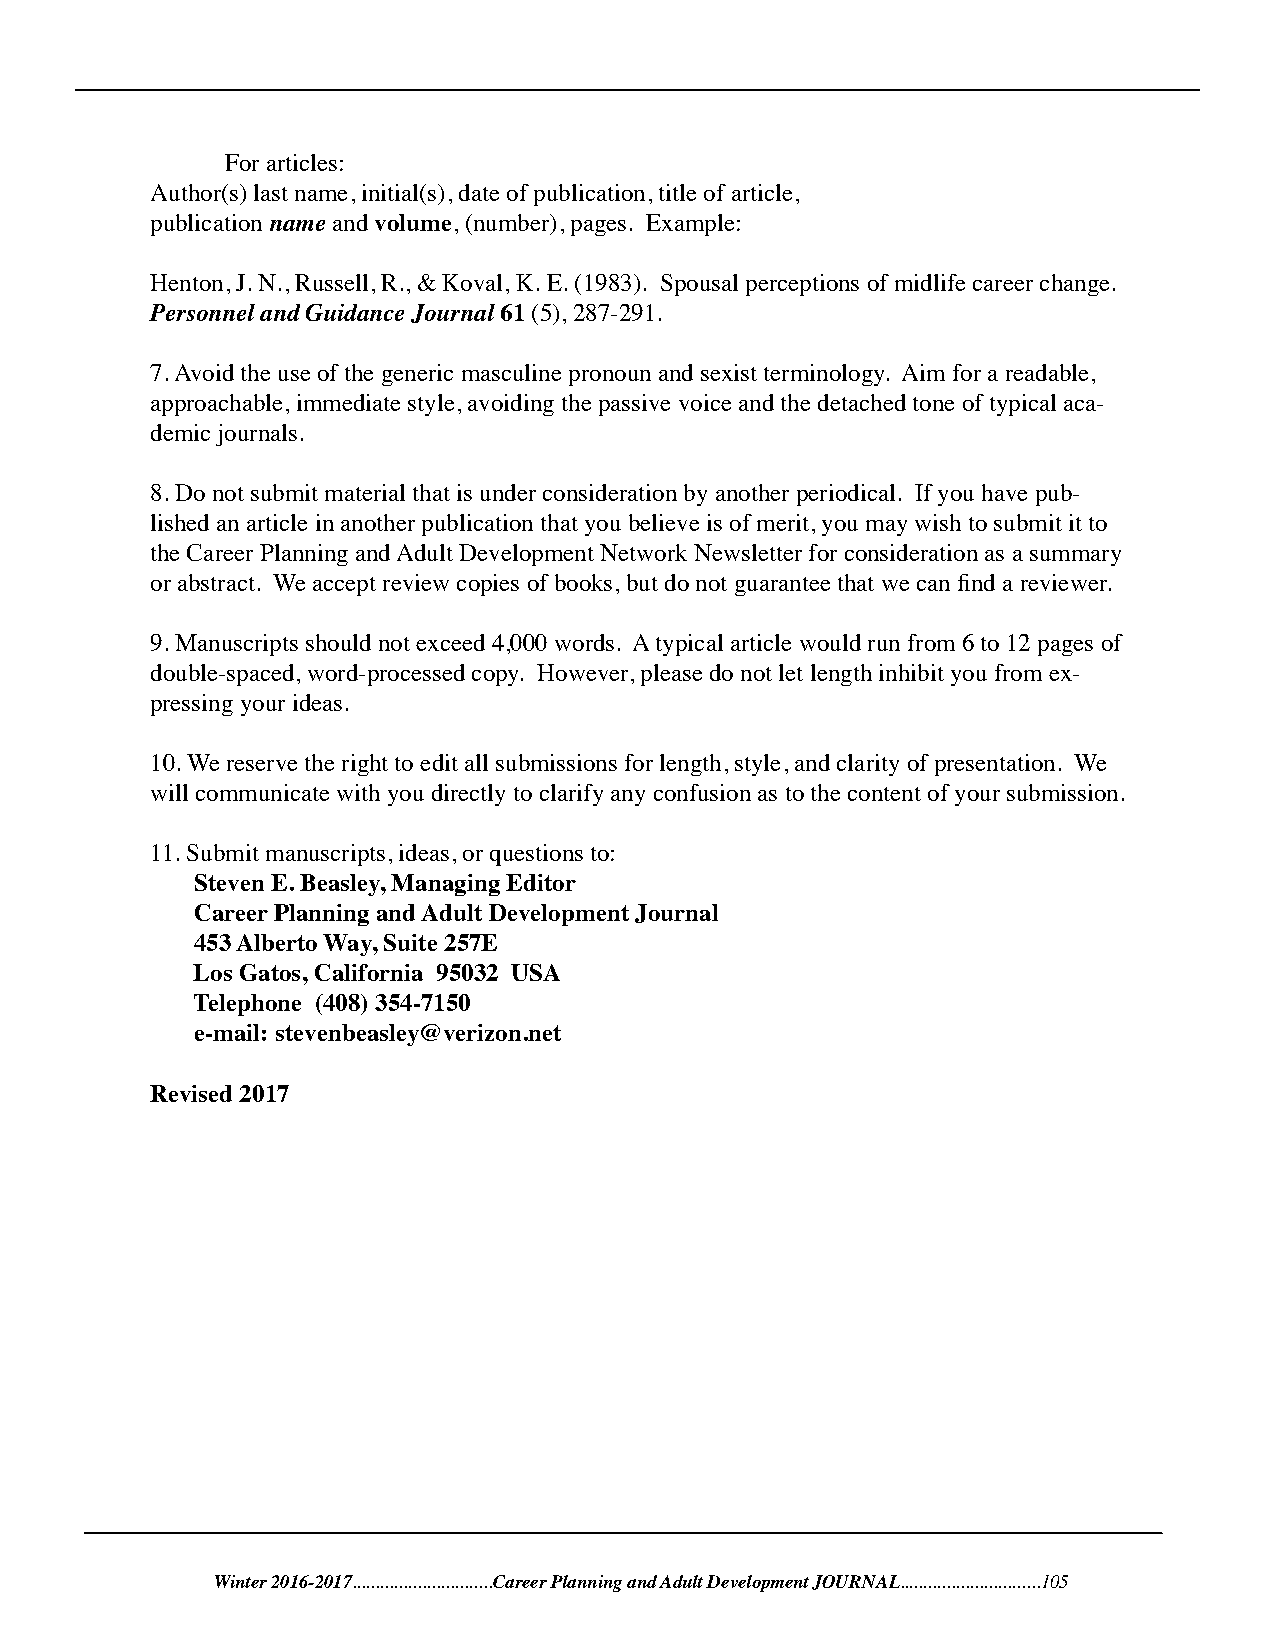
For articles:
 Author(s) last name, initial(s), date of publication, title of article,
 publication name and volume, (number), pages. Example:
 Henton, J. N., Russell, R., & Koval, K. E. (1983). Spousal perceptions of midlife career change.
 Personnel and Guidance Journal 61 (5), 287-291.
 7. Avoid the use of the generic masculine pronoun and sexist terminology. Aim for a readable,
 approachable, immediate style, avoiding the passive voice and the detached tone of typical aca-
 demic journals.
 8. Do not submit material that is under consideration by another periodical. If you have pub-
 lished an article in another publication that you believe is of merit, you may wish to submit it to
 the Career Planning and Adult Development Network Newsletter for consideration as a summary
 or abstract. We accept review copies of books, but do not guarantee that we can find a reviewer.
 9. Manuscripts should not exceed 4,000 words. A typical article would run from 6 to 12 pages of
 double-spaced, word-processed copy. However, please do not let length inhibit you from ex-
 pressing your ideas.
 10. We reserve the right to edit all submissions for length, style, and clarity of presentation. We
 will communicate with you directly to clarify any confusion as to the content of your submission.
 11. Submit manuscripts, ideas, or questions to:
 Steven E. Beasley, Managing Editor
 Career Planning and Adult Development Journal
 453 Alberto Way, Suite 257E
 Los Gatos, California 95032 USA
 Telephone (408) 354-7150
 e-mail: stevenbeasley@verizon.net
 Revised 2017
 Winter 2016-2017..............................Career Planning and Adult Development JOURNAL..............................105